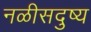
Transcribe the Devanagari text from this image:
नळीसदुष्य